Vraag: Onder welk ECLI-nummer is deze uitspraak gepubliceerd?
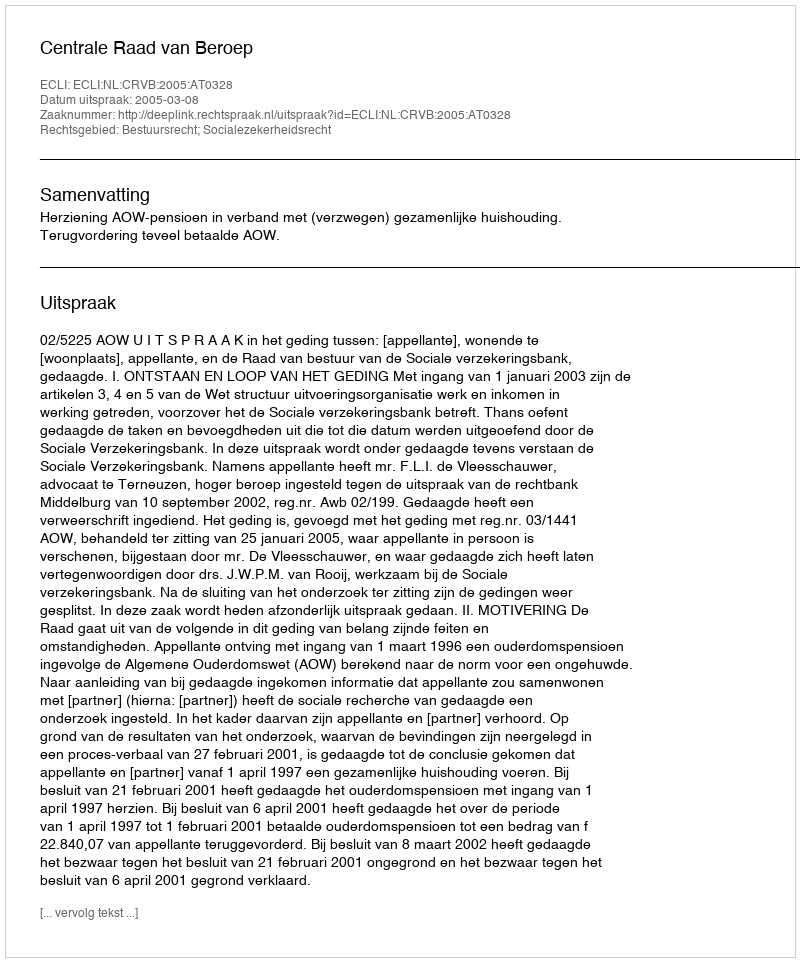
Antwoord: ECLI:NL:CRVB:2005:AT0328